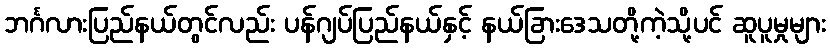
ဘင်္ဂလားပြည်နယ်တွင်လည်း ပန်ဂျပ်ပြည်နယ်နှင့် နယ်ခြားဒေသတို့ကဲ့သို့ပင် ဆူပူမှုများ